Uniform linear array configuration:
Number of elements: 8
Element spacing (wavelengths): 1
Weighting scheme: cosine
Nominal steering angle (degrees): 30
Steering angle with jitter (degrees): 30.1
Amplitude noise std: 0.05
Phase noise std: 0.05

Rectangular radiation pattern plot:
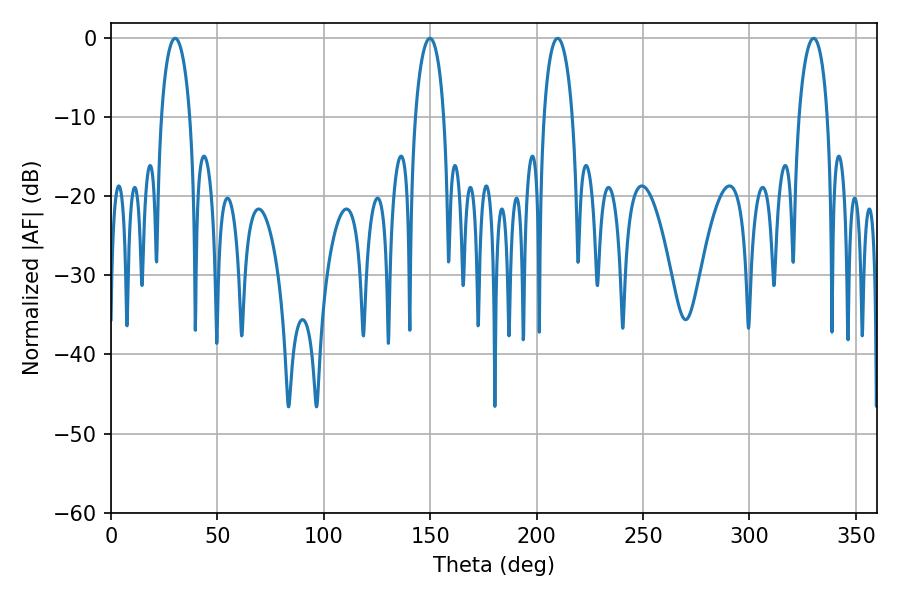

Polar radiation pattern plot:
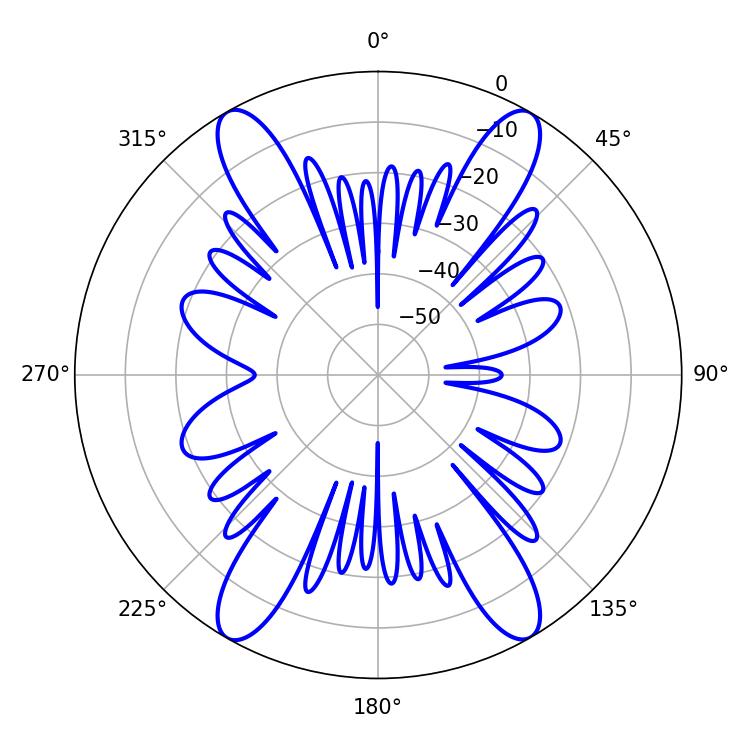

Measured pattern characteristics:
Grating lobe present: TRUE
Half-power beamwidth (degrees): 7.74
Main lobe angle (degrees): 209.88